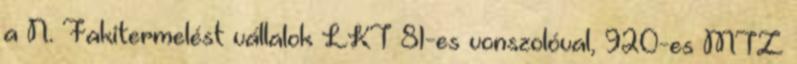
a N. Fakitermelést vállalok LKT 81-es vonszolóval, 920-es MTZ